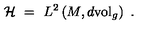
{ \mathcal H } \ = \ L ^ { 2 } \left( M , d \mathrm { v o l } _ { g } \right) \ .